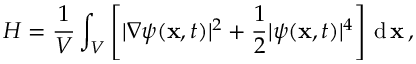
H = \frac { 1 } { V } \int _ { V } \left[ | \nabla \psi ( \mathbf { x } , t ) | ^ { 2 } + \frac { 1 } { 2 } | \psi ( \mathbf { x } , t ) | ^ { 4 } \right] \, \mathrm { d } \, \mathbf { x } \, ,